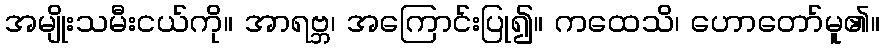
အမျိုးသမီးငယ်ကို။ အာရဗ္ဘ၊ အကြောင်းပြု၍။ ကထေသိ၊ ဟောတော်မူ၏။